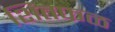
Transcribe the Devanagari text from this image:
शितफळ